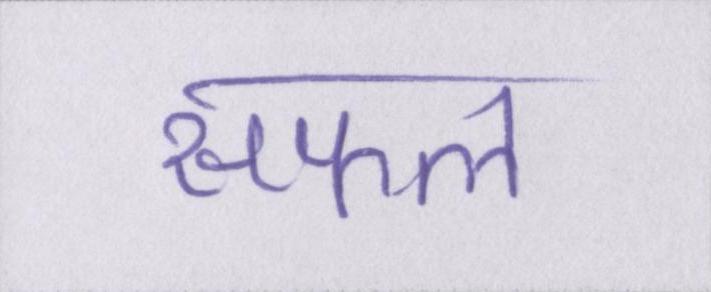
सफल